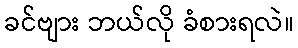
ခင်ဗျား ဘယ်လို ခံစားရလဲ။